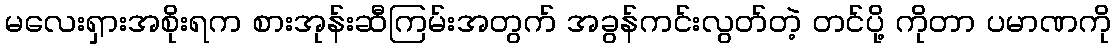
မလေးရှားအစိုးရက စားအုန်းဆီကြမ်းအတွက် အခွန်ကင်းလွတ်တဲ့ တင်ပို့ ကိုတာ ပမာဏကို